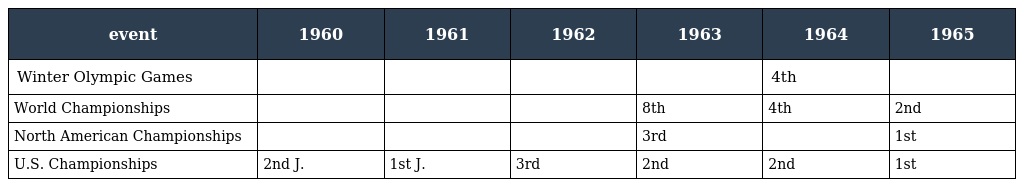
| event | 1960 | 1961 | 1962 | 1963 | 1964 | 1965 |
 | --- | --- | --- | --- | --- | --- | --- |
 | Winter Olympic Games |  |  |  |  | 4th |  |
 | World Championships |  |  |  | 8th | 4th | 2nd |
 | North American Championships |  |  |  | 3rd |  | 1st |
 | U.S. Championships | 2nd J. | 1st J. | 3rd | 2nd | 2nd | 1st |